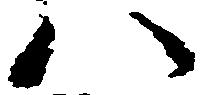
八